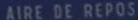
AIREDEREPOS